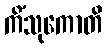
ကိံသုကောတိ